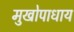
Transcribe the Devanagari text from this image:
मुखोपाधाय